Indian journal of veterinary science and animal husbandry - Volume 3,
Year: 1933
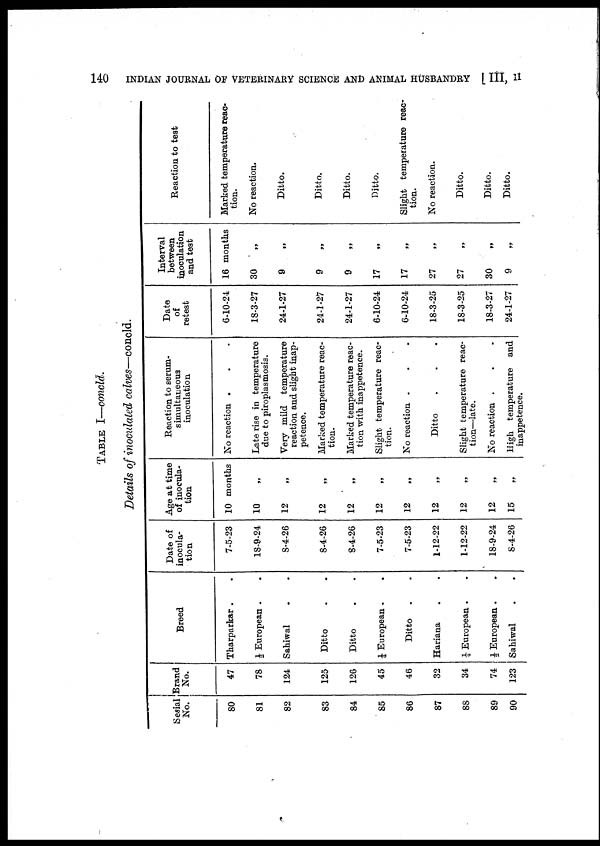
140
INDIAN JOURNAL OF VETERINARY SCIENCE AND ANIMAL HUSBANDRY [ III, II
TABLE I—conoid.
Details of inoculated calves—concld.
Serial
No.
80
81
82
83
84
85
86
87
88
89
90
Brand
No.
47
78
124
125
126
45
46
32
34
74
123
Breed
Tharparkar . .
½ European . .
Sahiwal . .
Ditto . .
Ditto . .
¼ European . .
Ditto
. .
Hariana . .
¼ European . .
½ European . .
Sahiwal . .
Date of
inocula-
tion
7-5-23
18-9-24
8-4-26
8-4-26
8-4-26
7-5-23
7-5-23
1-12-22
1-12-22
18-9-24
8-4-26
Age at time
of inocula-
tion
10 months
10 „
12 „
12
„
12 „
12 „
12
„
12 „
12
„
12
„
15
„
Reaction to serum-
simultaneous
inoculation
No reaction . . .
Late rise in temperature
due to piroplasmosis.
Very mild temperature
reaction and slight inap¬
petence.
Marked temperature reac-
tion.
Marked temperature reac-
tion with inappetence.
Slight temperature reac-
tion.
No reaction . . .
Ditto . . .
Slight temperature reac-
tion—late.
No reaction . . .
High temperature and
inappetence.
Date
of
retest
6-10-24
18-3-27
24-1-27
24-1-27
24-1-27
6-10-24
6-10-24
18-3-25
18-3-25
18-3-27
24-1-27
Interval
between
inoculation
and test
16 months
30 „
9 „
9
„
9 „
17 „
17 „
27 „
27 „
30 „
9 „
Reaction to test
Marked temperature reac-
tion.
No reaction.
Ditto.
Ditto.
Ditto.
Ditto.
Slight temperature reac-
tion.
No reaction.
Ditto.
Ditto.
Ditto.